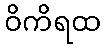
ဝိကိရထ